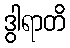
ဒွါရာတိ